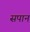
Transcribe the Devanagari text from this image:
सपान